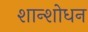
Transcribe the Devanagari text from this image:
शान्शोधन